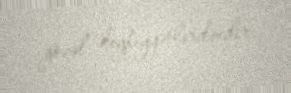
gözəl keyfiyyətlərdəndir.